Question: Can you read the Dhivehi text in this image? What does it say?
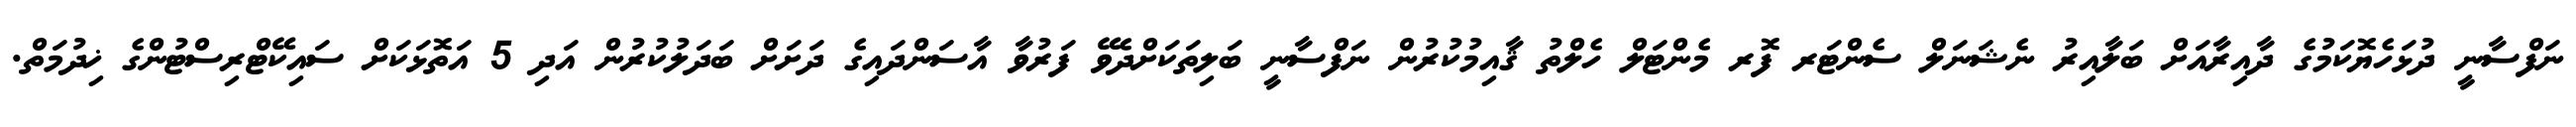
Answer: ނަފްސާނީ ދުޅަހެޔޮކަމުގެ ދާއިރާއަށް ބަލާއިރު ނެޝަނަލް ސެންޓަރ ފޮރ މެންޓަލް ހެލްތު ޤާއިމުކުރުން ނަފްސާނީ ބަލިތަކަށްދެވޭ ފަރުވާ އާސަންދައިގެ ދަށަށް ބަދަލުކުރުން އަދި 5 އަތޮޅަކަށް ސައިކޭޓްރިސްޓުންގެ ޚިދުމަތް.